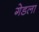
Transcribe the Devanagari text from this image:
गेडला